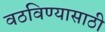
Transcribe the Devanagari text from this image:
वठविण्यासाठी